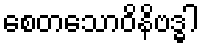
စေတသောဝိနိဗဒ္ဓါ